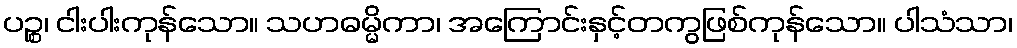
ပဉ္စ၊ ငါးပါးကုန်သော။ သဟဓမ္မိကာ၊ အကြောင်းနှင့်တကွဖြစ်ကုန်သော။ ပါသံသာ၊